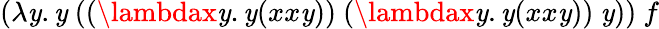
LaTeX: (\lambda\mathit{y}.\mathit{y}\ ((\lambdax\mathit{y}.\mathit{y}(xx\mathit{y}))\ (\lambdax\mathit{y}.\mathit{y}(xx\mathit{y}))\ \mathit{y}))\ f